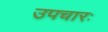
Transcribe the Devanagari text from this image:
उपचारः